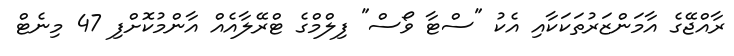
ރާއްޖޭގެ އާމަންޒަރުތަކަކާއި އެކު "ސްޓާ ވޯސް" ފިލްމްގެ ޓްރޭލާއެއް އާންމުކޮށްފި 47 މިނެޓް